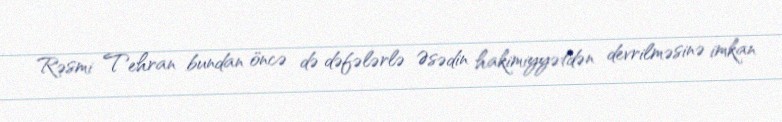
Rəsmi Tehran bundan öncə də dəfələrlə Əsədin hakimiyyətdən devrilməsinə imkan